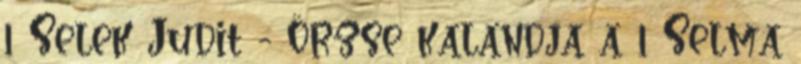
1 Selek Judit - Örzse kalandja a 1 Selma